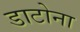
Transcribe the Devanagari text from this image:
डाटोना